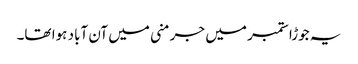
یہ جوڑا ستمبر میں جرمنی میں آن آباد ہوا تھا۔